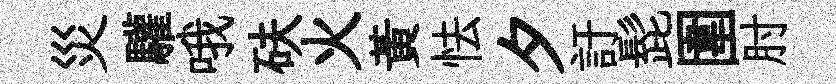
災驩哦砆火黄怯夕訏髭圍肘